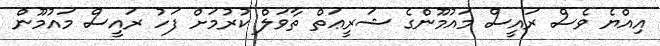
އިއްޔެ ވެސް ރައީސް މައުމޫންގެ ޝަރީޢަތް ތާވަލް ކުރުމަށް ފަހު ރައީސް މައުމޫން